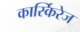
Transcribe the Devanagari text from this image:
कार्स्किरेज